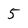
Character: 5